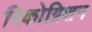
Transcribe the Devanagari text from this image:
रिकोग्निशन